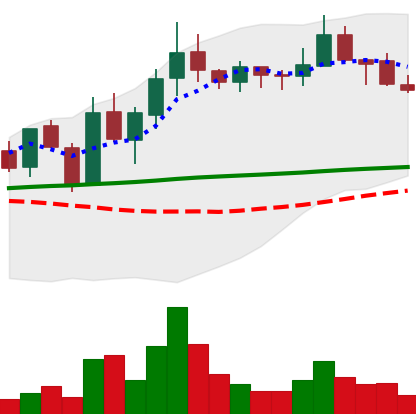
Ticker: LINK-USD
Chart end date: 2019-01-26
Forward return: -17.888%
Label: down_7plus